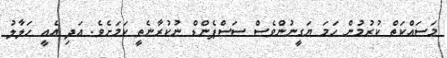
މަސައްކަތް ކުރުމުން ހަމަ ޔަގީނުންވެސް ސަސްޕެންޑް ނުކުރާނެތީ ކަމަށެވެ. އަދި އެއީ ހަލާލު